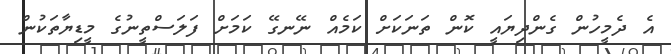
އެ ދެމީހުން ގެންދިޔައީ ކޮން ތަނަކަށް ކަމެއް ނޭނގޭ ކަމަށް ފަލަސްތީނުގެ މީޑިޔާތަކުން